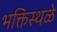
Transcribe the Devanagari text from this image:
भक्तिस्थळे